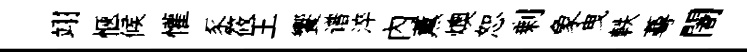
翊愜候懽豕筱王饗谱淬内薫燠恕剰象曳軼蕚闍